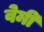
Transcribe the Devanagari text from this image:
वेमी